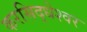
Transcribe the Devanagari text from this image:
करसिद्धेश्वर